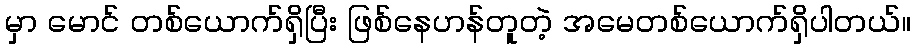
မှာ မောင် တစ်ယောက်ရှိပြီး ဖြစ်နေဟန်တူတဲ့ အမေတစ်ယောက်ရှိပါတယ်။